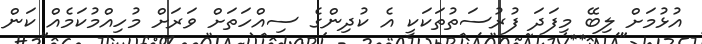
އުޅުމަށް ލިބޭ މިފަދަ ފުރުސަތުތަކަކީ އެ ކުދިންގެ ސިއްހަތަށް ވަރަށް މުހިއްމުކަމެއް ކަން